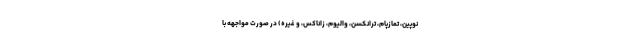
نوپین، تمازپام، ترانکسن، والیوم، زاناکس، و غیره) در صورت مواجهه با